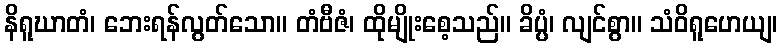
နိရူဃာတံ၊ ဘေးရန်လွတ်သော။ တံဗီဇံ၊ ထိုမျိုးစေ့သည်။ ခိပ္ပံ၊ လျင်စွာ။ သံဝိရူဟေယျ၊